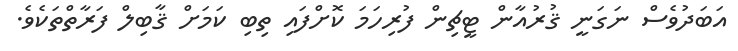
އަބަދުވެސް ނަގަނީ ޤުރުއާން ޓީޗިން ފުރިހަމަ ކޮށްފައި ތިބި ކަމަށް ޤާބިލް ފަރާތްތަކެވެ.